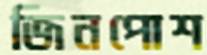
জিনপোশ